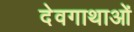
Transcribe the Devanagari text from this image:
देवगाथाओं